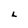
Character: L